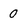
Character: 0